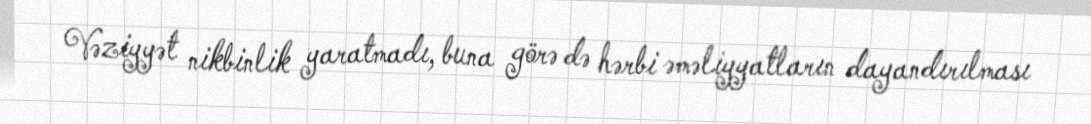
Vəziyyət nikbinlik yaratmadı, buna görə də hərbi əməliyyatların dayandırılması